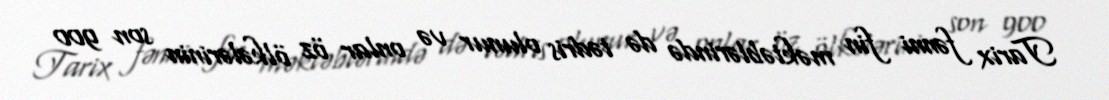
Tarix fənni fin məktəblərində də tədris olunur və onlar öz ölkələrinin son 900